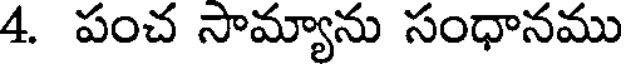
4. పంచ సామ్యాను సంధానము